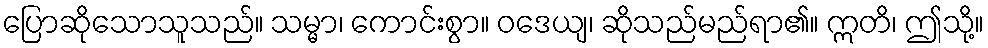
ပြောဆိုသောသူသည်။ သမ္မာ၊ ကောင်းစွာ။ ဝဒေယျ၊ ဆိုသည်မည်ရာ၏။ ဣတိ၊ ဤသို့။